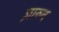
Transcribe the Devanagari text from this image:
ज़ारुन